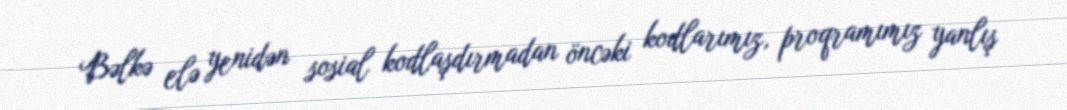
Bəlkə elə yenidən sosial kodlaşdırmadan öncəki kodlarımız, proqramımız yanlış